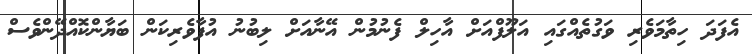
އެފަދަ ހިތާމަވެރި ވަގުތެއްގައި އަލޫފްއަށް އާހިލް ފެނުމުން އޭނާއަށް ލިބުނު އުފާވެރިކަން ބަޔާންކޮއްދޭންވެސް